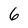
Character: 6